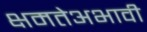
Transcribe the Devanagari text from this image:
क्षमतेअभावी